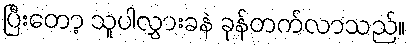
ပြီးတော့ သူပါလွှားခနဲ ခုန်တက်လာသည်။